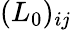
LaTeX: (L_{0})_{ij}